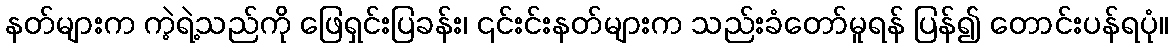
နတ်များက ကဲ့ရဲ့သည်ကို ဖြေရှင်းပြခန်း၊ ၎င်းင်းနတ်များက သည်းခံတော်မူရန် ပြန်၍ တောင်းပန်ရပုံ။